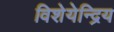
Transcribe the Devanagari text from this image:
विशेयेन्द्रिय